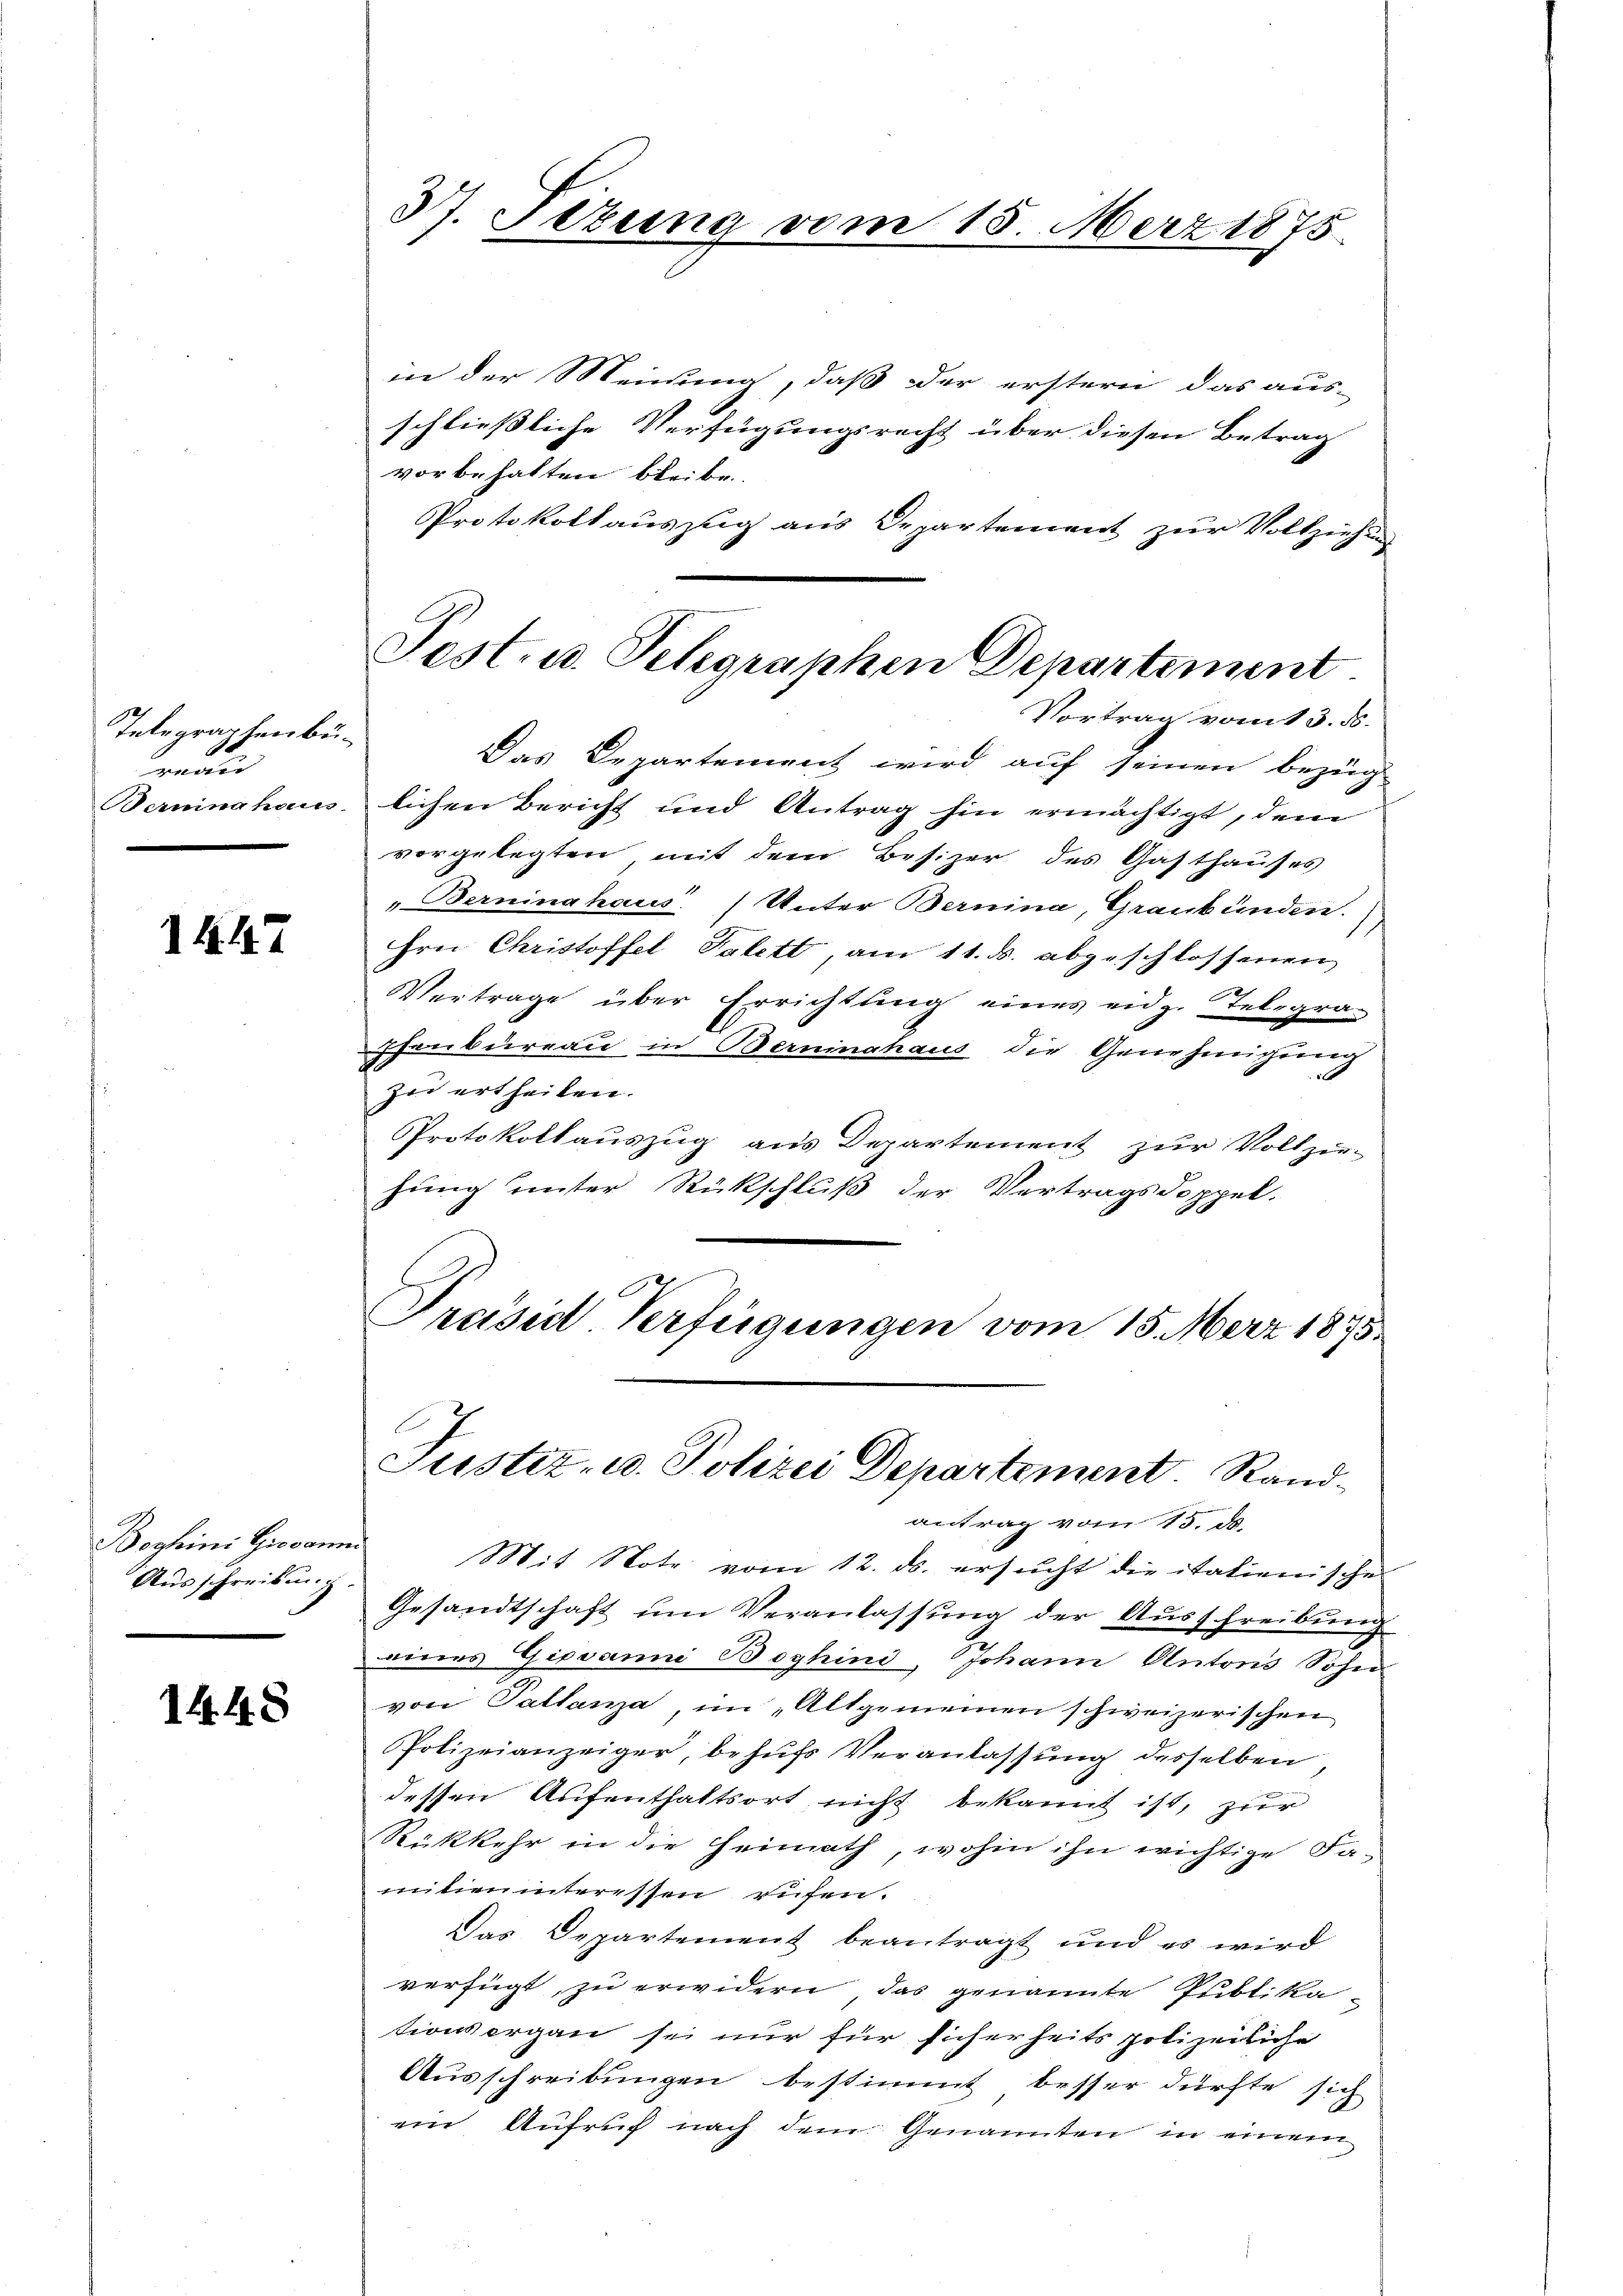
Telegraphenbüru
Bemmina hain

1447

Boghini Giovan
Ausschreibung. |

1448

37. Sizung vom 15. März 1875.

Pest. u. Telegraphen Departement

in der Meinung, daß der erstern das aus-
schließliche Verfügungsrecht über diesen Betrag
vorbehalten bleibe
Protokollauszug aus Departement zur Vollziehung
Vortrag vom 13. ds.
Das Departement wird auf seinen bezug
lichen Bericht und Antrag hin ermächtigt, dem
vorgelegten mit dem Besizer des Gasthauses
„Berninahaus. (Unter Bernina, Graubünden.
Hrn. Christoffel Talett, am 11. ds. abgeschlossenen
Vertrage über Errichtung eines eidg. Telegra-
henbureau in Berninahaus die Genehmigung
zu ertheilen.
Protokollauszug aus Departement zur Vollzie-
hung unter Rückschluß der Vertragsdoppel-
Præsid Verfügungen vom 15. März 1875.

Justiz- u. Polizei Departement. Rand¬

antrag vom 15. ds.
Mit Note vom 12. ds. ersucht die itationische
Gesandtschaft um Veranlassung der Ausschreibung
eines Giovanni Boghini, Johann Antons Sohn
von Pallanza im Altgemeinen schweizerischen
Polizeianzeiger, behŭfs Veranlassŭng desselben
dessen Aufenthaltsort nicht bekannt ist, zur
Rückkehr in die Heimath, wohin ihn wichtige Fa-
mitien interessen rufen.
Das Departement beantragt und es wird
verfügt, zu erwidern, das genannte Publikationsergan sei nur für sicherheits polizeiliche
Ausschreibungen bestimmt besser dürfte sich
ein Aufruf nach dem Genannten in einem